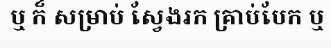
ឬ ក៏ សម្រាប់ ស្វែងរក គ្រាប់បែក ឬ